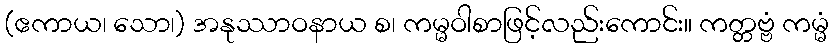
(ဧကာယ၊ သော၊) အနုဿာဝနာယ စ၊ ကမ္မဝါစာဖြင့်လည်းကောင်း။ ကတ္တဗ္ဗံ ကမ္မံ